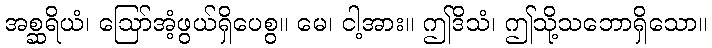
အစ္ဆရိယံ၊ ဩော်အံ့ဖွယ်ရှိပေစွ။ မေ၊ ငါ့အား။ ဤဒိသံ၊ ဤသို့သဘောရှိသော။